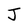
Character: J